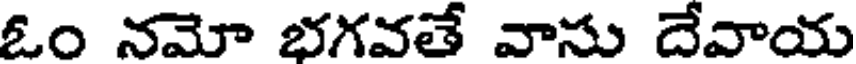
ఓం నమో భగవతే వాసు దేవాయ